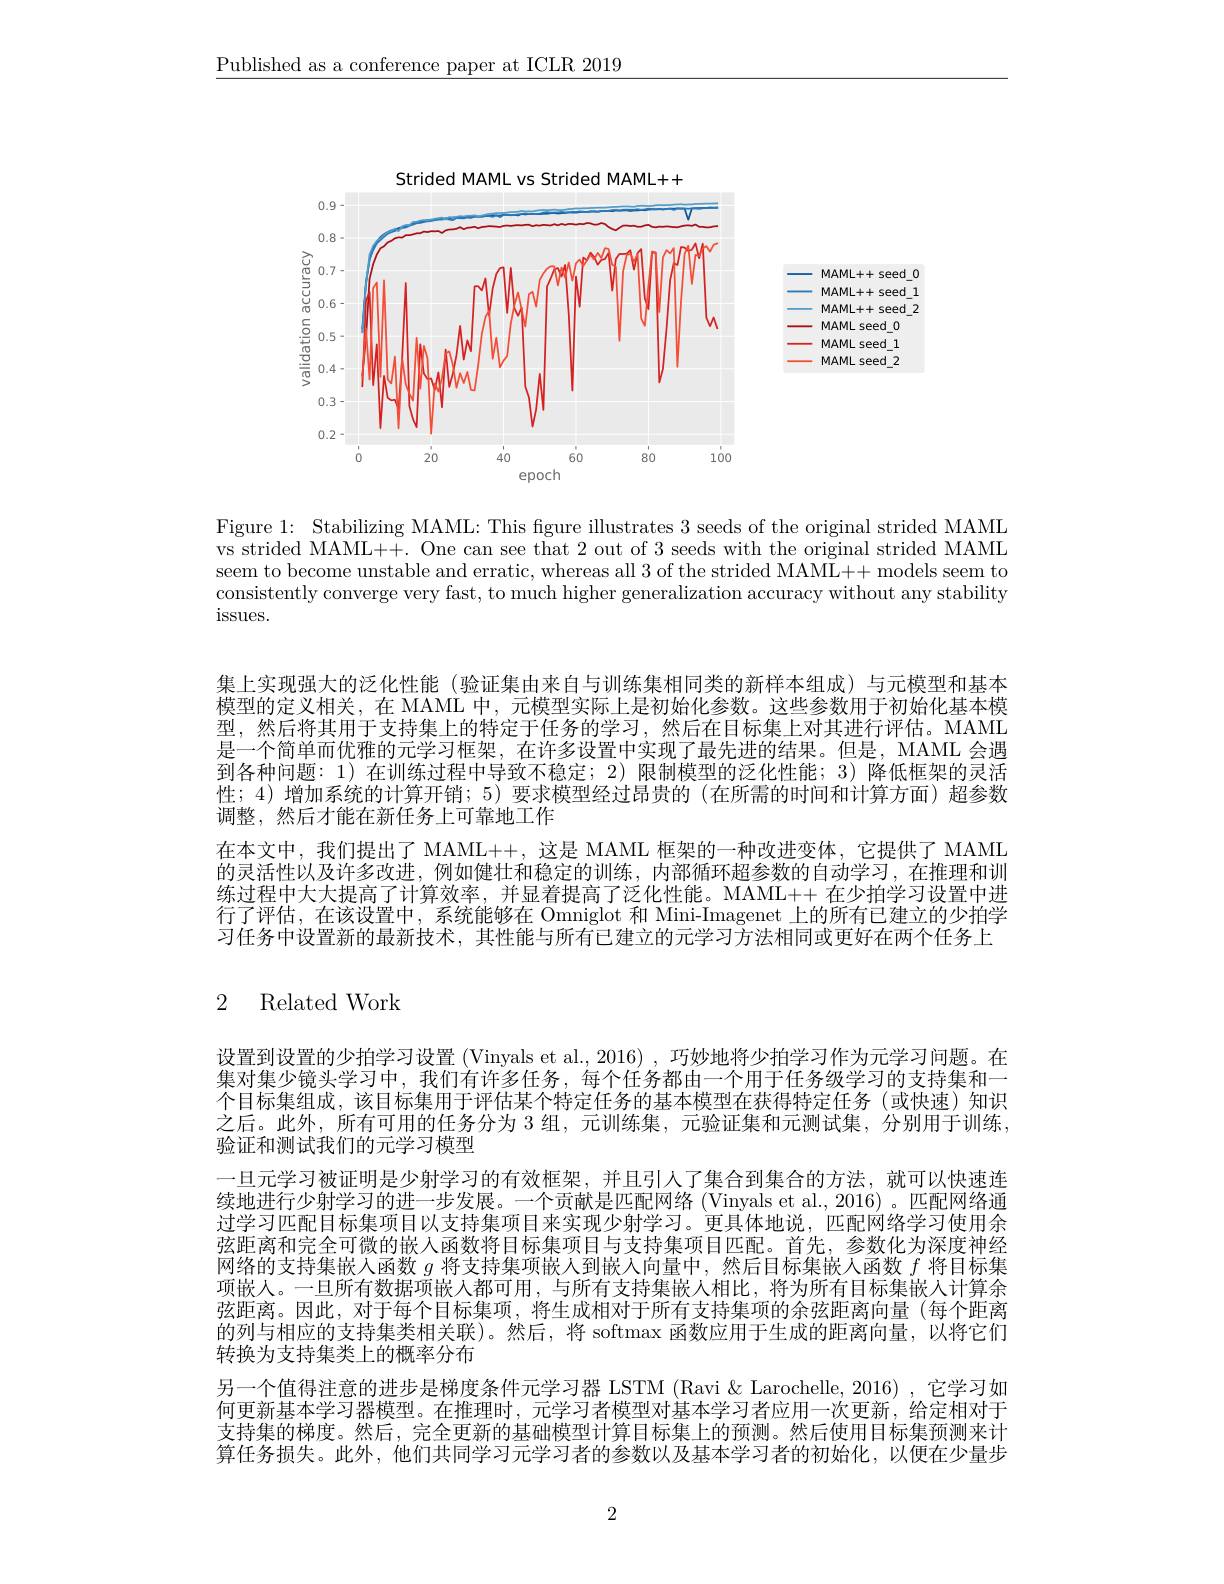
$\underline{\text{Published as a conference paper at ICLR 2019}}$

<FigureHere>

Figure 1: Stabilizing MAML: This fgure illustrates 3 seeds of the original strided MAML vs strided MAML++. One can see that 2 out of 3 seeds with the original strided MAML seem to become unstable and erratic, whereas all 3 of the strided MAML++ models seem to consistently converge very fast, to much higher generalization accuracy without any stability issues.

集上实现强大的泛化性能(验证集由来自与训练集相同类的新样本组成)与元模型和基本模型的定义相关，在 MAML 中，元模型实际上是初始化参数。这些参数用于初始化基本模型，然后将其用于支持集上的特定于任务的学习，然后在目标集上对其进行评估。MAML 是一个简单而优雅的元学习框架，在许多设置中实现了最先进的结果。但是，MAML 会遇到各种问题：1) 在训练过程中导致不稳定；2) 限制模型的泛化性能；3) 降低框架的灵活性；4)增加系统的计算开销；5)要求模型经过昂贵的(在所需的时间和计算方面)超参数调整，然后才能在新任务上可靠地工作
在本文中，我们提出了 MAML++,这是 MAML 框架的一种改进变体，它提供了 MAML 的灵活性以及许多改进，例如健壮和稳定的训练，内部循环超参数的自动学习，在推理和训练过程中大大提高了计算效率，并显着提高了泛化性能。MAML++ 在少拍学习设置中进行了评估，在该设置中，系统能够在 Omniglot 和 Mini-Imagenet 上的所有已建立的少拍学习任务中设置新的最新技术，其性能与所有已建立的元学习方法相同或更好在两个任务上

# 2 Related Work

设置到设置的少拍学习设置 (Vinyals et al., 2016) , 巧妙地将少拍学习作为元学习问题。在集对集少镜头学习中，我们有许多任务，每个任务都由一个用于任务级学习的支持集和一个目标集组成，该目标集用于评估某个特定任务的基本模型在获得特定任务(或快速)知识之后。此外，所有可用的任务分为 3 组，元训练集，元验证集和元测试集，分别用于训练， 验证和测试我们的元学习模型
一旦元学习被证明是少射学习的有效框架，并且引人了集合到集合的方法，就可以快速连续地进行少射学习的进一步发展。一个贡献是匹配网络(Vinyals et al., 2016)。匹配网络通过学习匹配目标集项目以支持集项目来实现少射学习。更具体地说，匹配网络学习使用余弦距离和完全可微的嵌入函数将目标集项目与支持集项目匹配。首先，参数化为深度神经网络的支持集嵌人函数$g$将支持集项嵌人到嵌人向量中，然后目标集嵌入函数$f$将目标集项嵌人。一旦所有数据项嵌人都可用，与所有支持集嵌人相比，将为所有目标集嵌入计算余弦距离。因此，对于每个目标集项，将生成相对于所有支持集项的余弦距离向量(每个距离的列与相应的支持集类相关联)。然后，将 softmax 函数应用于生成的距离向量，以将它们转换为支持集类上的概率分布
另一个值得注意的进步是梯度条件元学习器 LSTM (Ravi & Larochelle, 2016) ,它学习如何更新基本学习器模型。在推理时，元学习者模型对基本学习者应用一次更新，给定相对于支持集的梯度。然后，完全更新的基础模型计算目标集上的预测。然后使用目标集预测来计算任务损失。此外，他们共同学习元学习者的参数以及基本学习者的初始化，以便在少量步

2